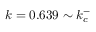
k = 0 . 6 3 9 \sim k _ { c } ^ { - }